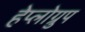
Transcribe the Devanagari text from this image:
हेप्लोग्रुप